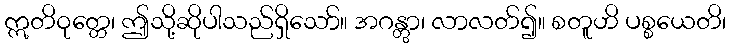
ဣတိဝုတ္တေ၊ ဤသို့ဆိုပါသည်ရှိသော်။ အဂန္တွာ၊ လာလတ်၍။ စတူဟိ ပစ္စယေတိ၊